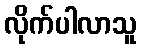
လိုက်ပါလာသူ